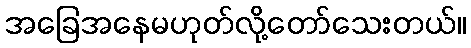
အခြေအနေမဟုတ်လို့တော်သေးတယ်။